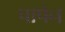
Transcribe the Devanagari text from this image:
पापेन